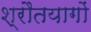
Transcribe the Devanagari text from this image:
श्रौतयागों